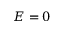
E = 0